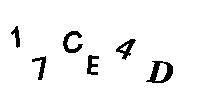
17CE4D